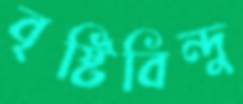
বৃষ্টিবিন্দু